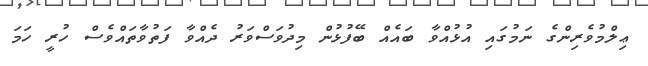
ޢިލްމުވެރިންގެ ނަމުގައި އުޅުއްވާ ބައެއް ބޭފުޅުން މިދުވަސްވަރު ދެއްވާ ފަތުވާތައްވެސް ހުރީ ހަމަ